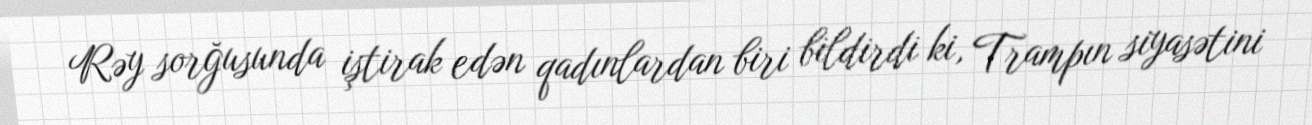
Rəy sorğusunda iştirak edən qadınlardan biri bildirdi ki, Trampın siyasətini